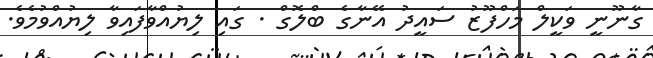
ގާނޫނީ ވަކީލް މަހްފޫޒު ސައީދު އޭނާގެ ބްލޮގް . ގައި ލިޔުއްވާފައިވާ ލިޔުއްވުމެވެ.